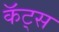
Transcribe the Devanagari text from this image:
कॅट्स